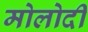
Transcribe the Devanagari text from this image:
मोलोदी